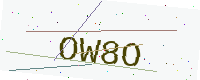
Text: OW8O